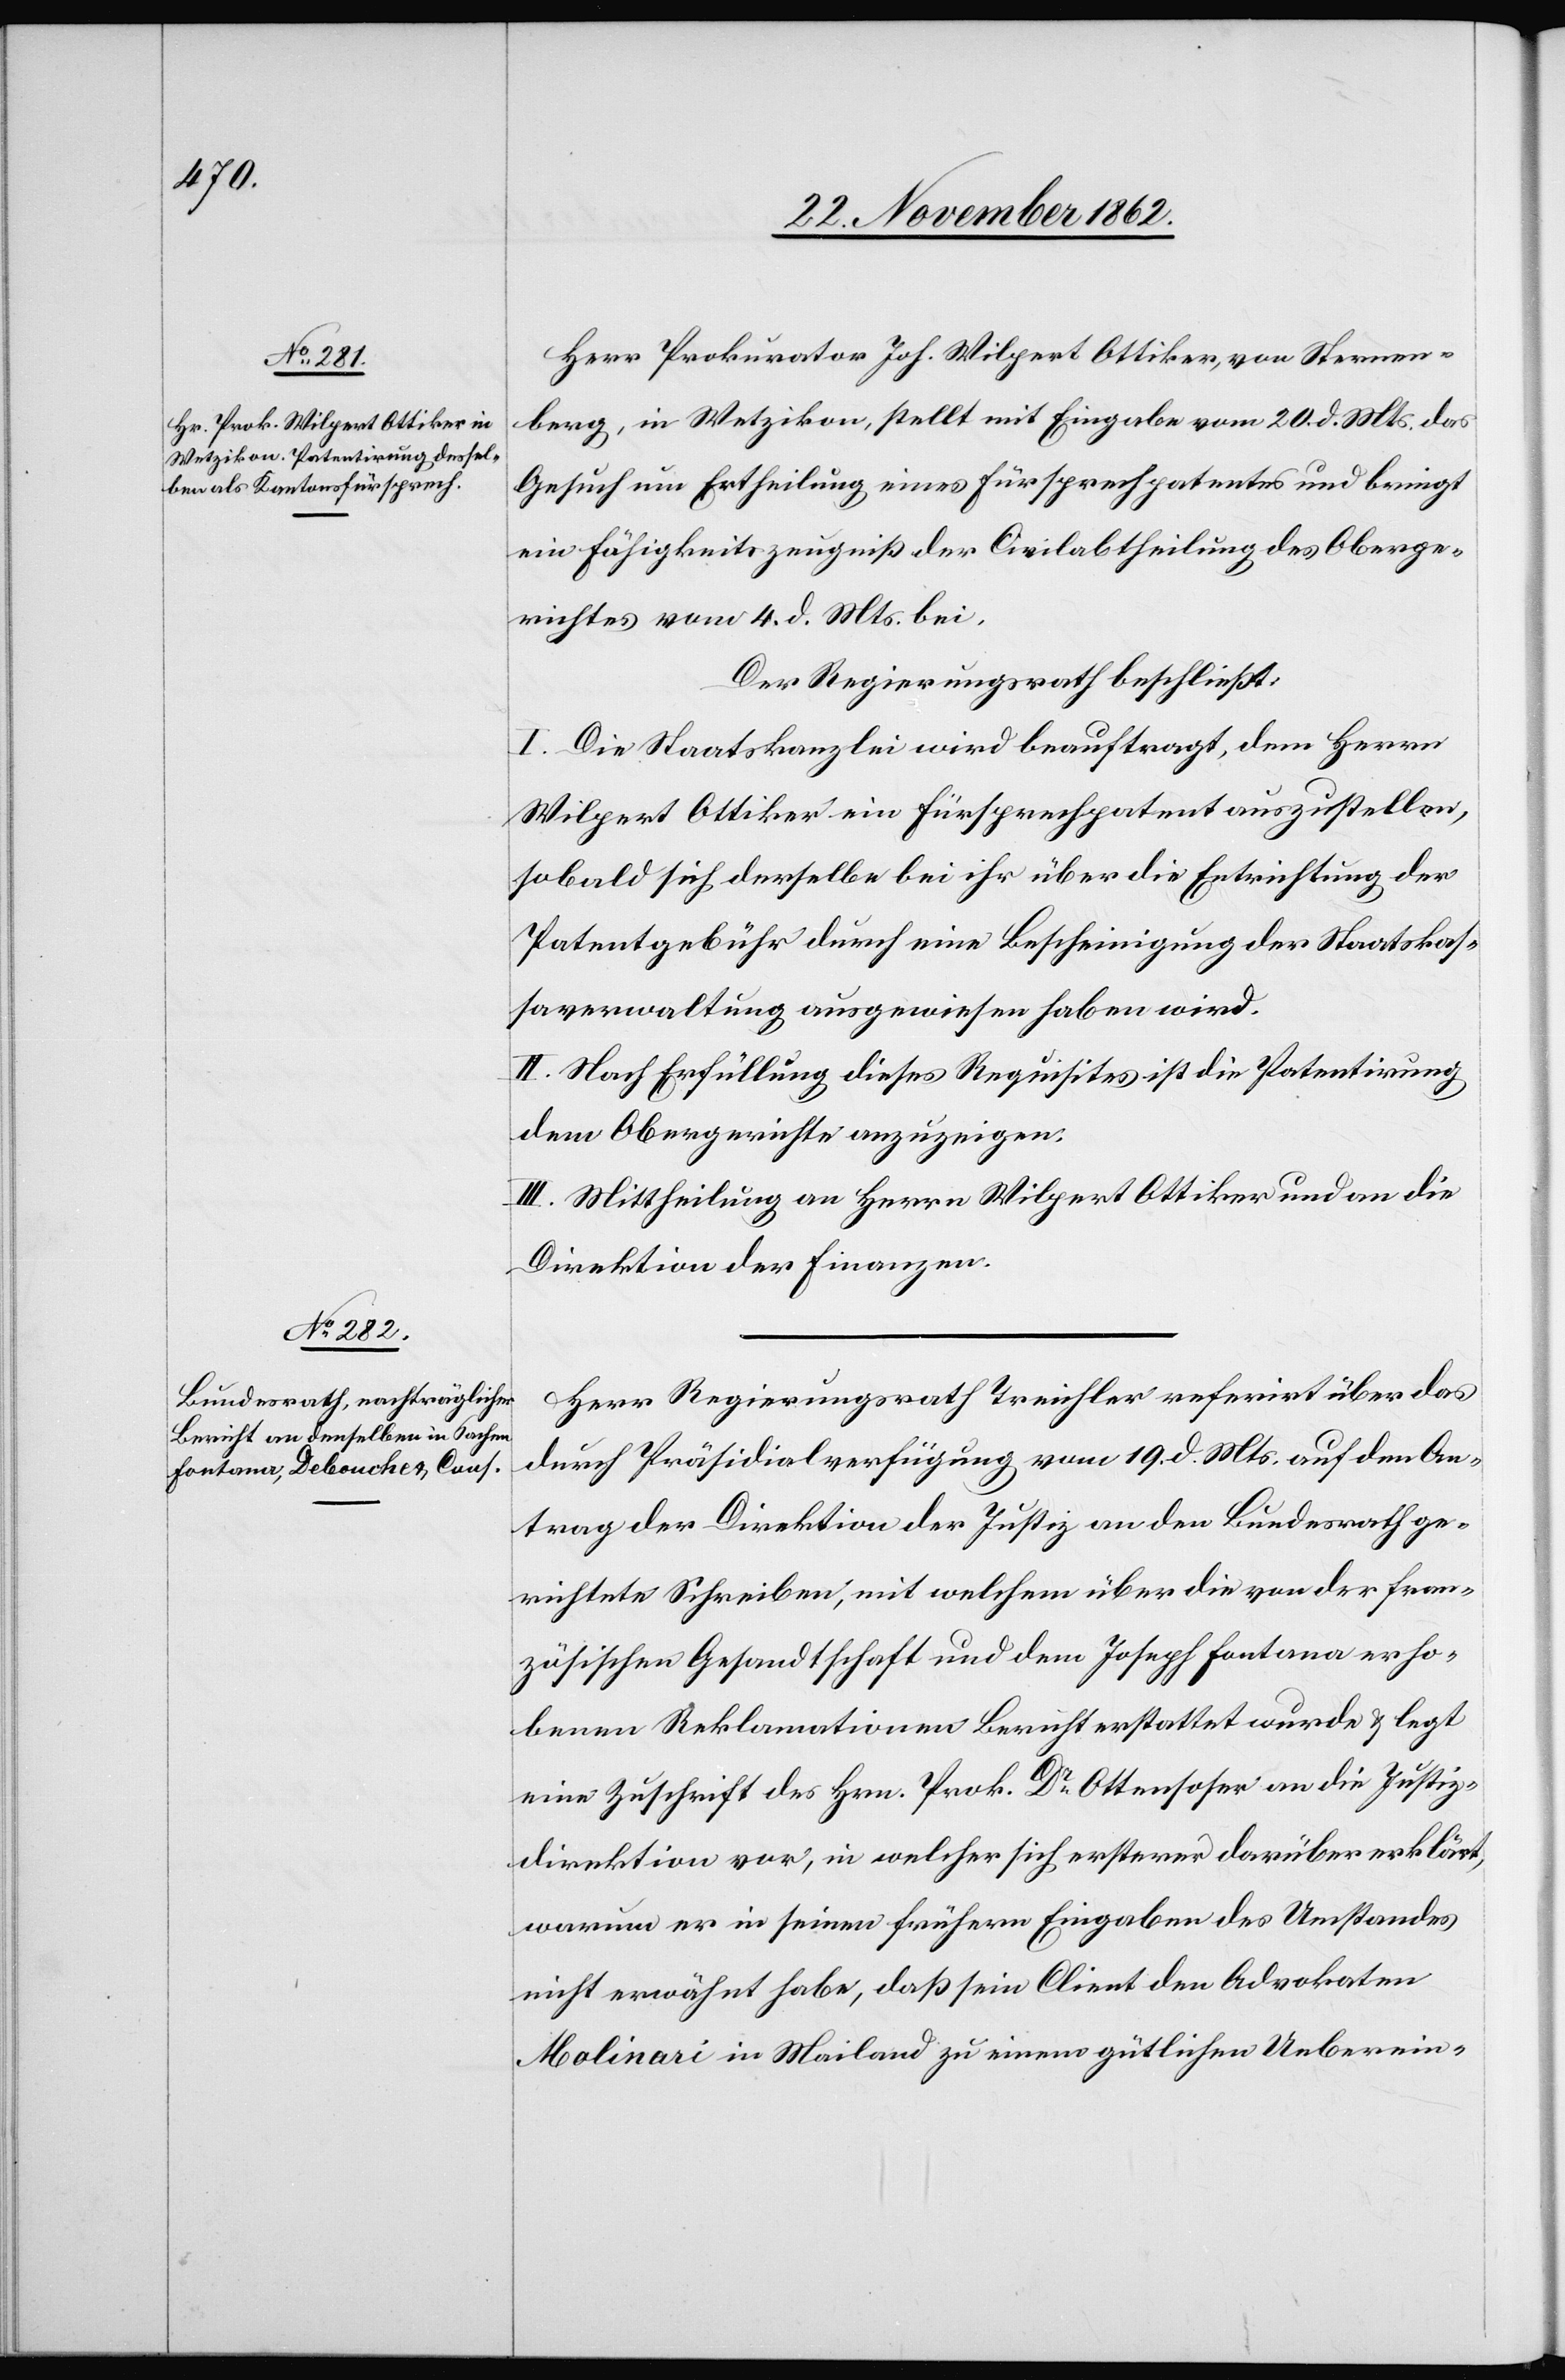
Herr Prokurator Joh. Wilpert Ottiker, von Sternen¬
berg, in Wetzikon, stellt mit Eingabe vom 20. d. Mts. das
Gesuch um Ertheilung eines Fürsprechpatentes und bringt
ein Fähigkeitszeugniß der Civilabtheilung des Oberge¬
richtes vom 4. d. Mts. bei.
Der Regierungsrath beschließt:
I. Die Staatskanzlei wird beauftragt, dem Herrn
Wilpert Ottiker ein Fürsprechpatent auszustellen,
sobald sich derselbe bei ihr über die Entrichtung der
Patentgebühr durch eine Bescheinigung der Staatskas¬
saverwaltung ausgewiesen haben wird.
II. Nach Erfüllung dieses Requisites ist die Patentirung
dem Obergerichte anzuzeigen.
III. Mittheilung an Herrn Wilpert Ottiker und an die
Direktion der Finanzen.
Herr Regierungsrath Treichler referirt über das
durch Präsidialverfügung vom 19. d. Mts. auf den An¬
trag der Direktion der Justiz an den Bundesrath ge¬
richtete Schreiben, mit welchem über die von der fran¬
zösischen Gesandtschaft und dem Joseph Fontana erho¬
benen Reklamationen Bericht erstattet wurde u. legt
eine Zuschrift des Hrn. Prok. Dr Ottensoser an die Justiz¬
direktion vor, in welcher sich ersterer darüber erklärt,
warum er in seinen frühern Eingaben des Umstandes
nicht erwähnt habe, daß sein Client den Advokaten
Molinari in Mailand zu einem gütlichen Ueberein-